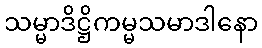
သမ္မာဒိဋ္ဌိကမ္မသမာဒါနော